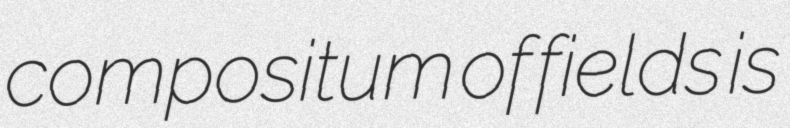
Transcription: compositum of fields is